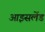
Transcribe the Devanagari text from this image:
आइसलेंड